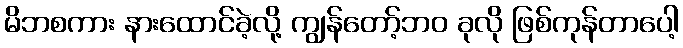
မိဘစကား နားထောင်ခဲ့လို့ ကျွန်တော့်ဘဝ ခုလို ဖြစ်ကုန်တာပေါ့